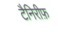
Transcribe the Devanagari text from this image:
टैनिरीफ़